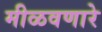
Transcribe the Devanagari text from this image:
मीळवणारे